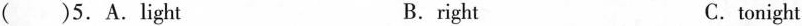
( )5.A.light B.right C.tonight